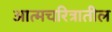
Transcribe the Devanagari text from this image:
आत्मचरित्रातील